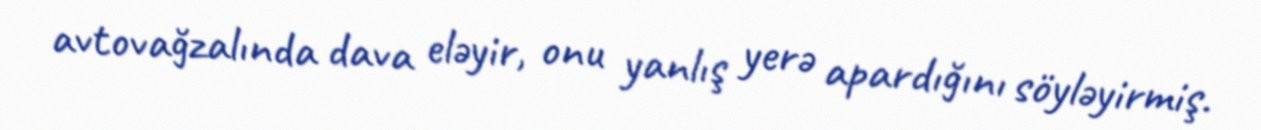
avtovağzalında dava eləyir, onu yanlış yerə apardığını söyləyirmiş.